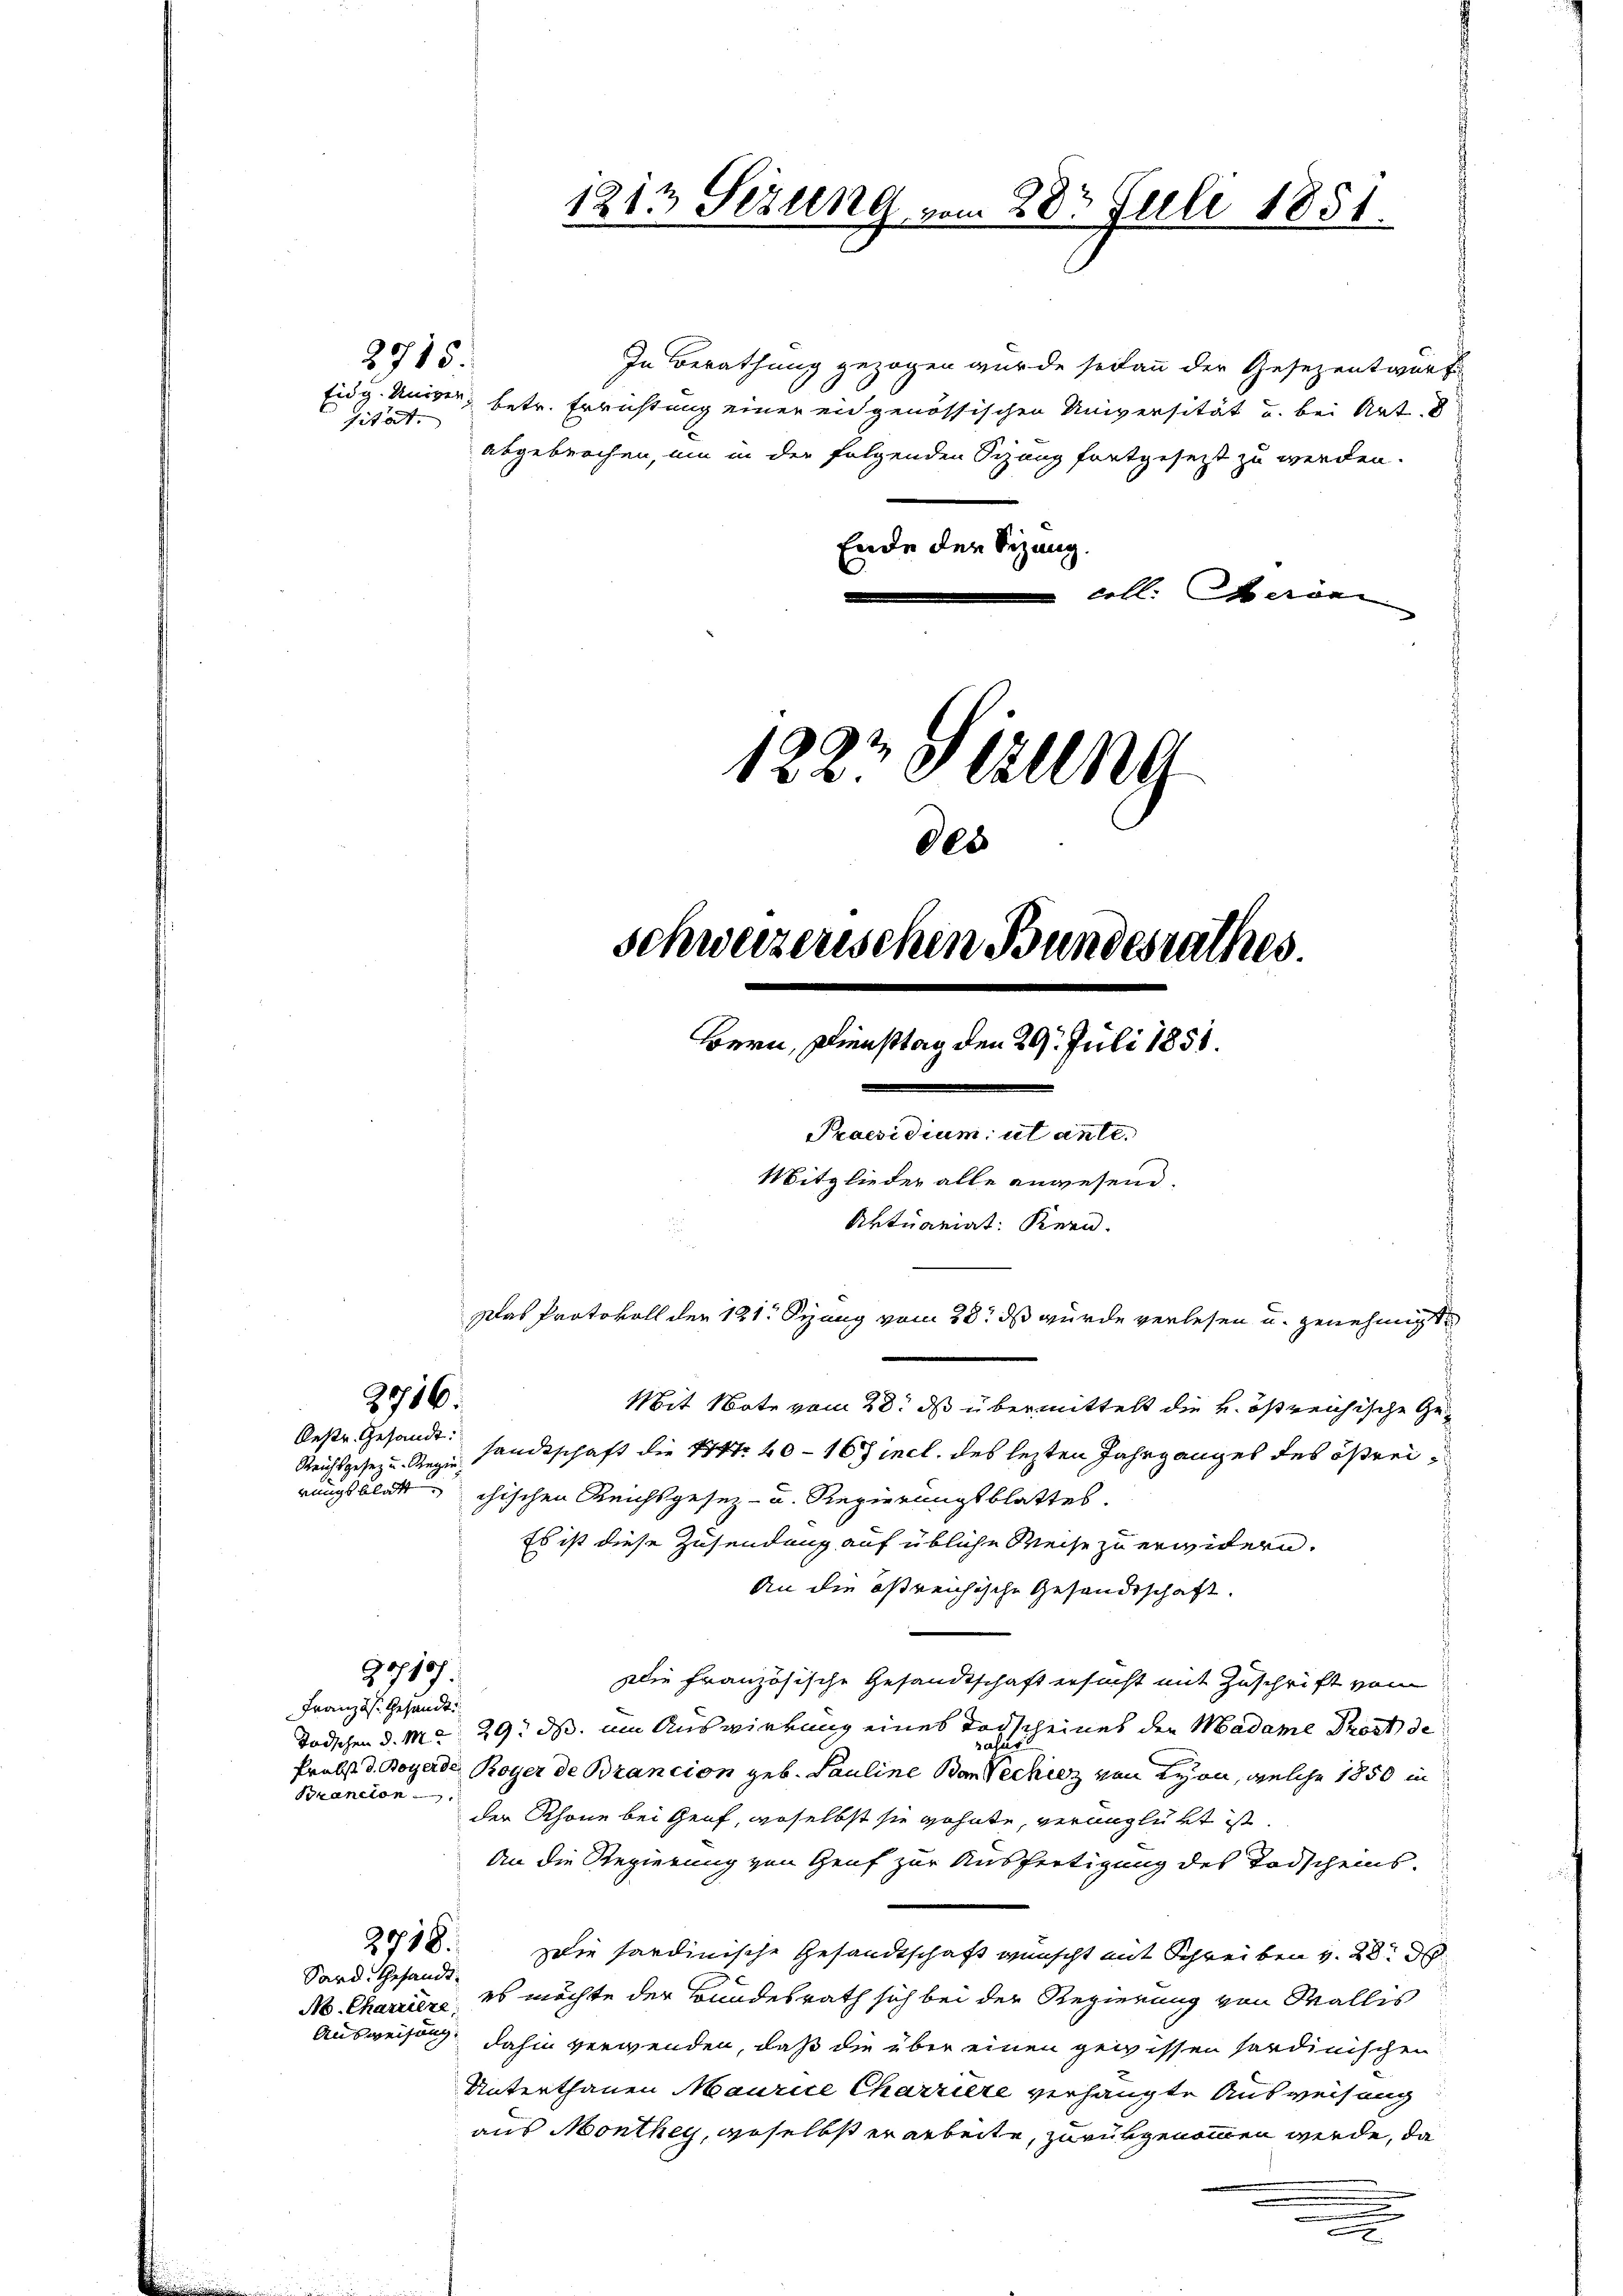
2715.

sitat.

2716.

Oestr. Gesandt:

2717.

Französ. Gesandt
Brancion

In Berathung gezogen wurde sodann der Gesezentwurf
Eidg. Univer, betr. Errichtung einer eidgenössischen Universität und bei Art. 8
Ende der Sitzung
coll. Herren

abgebrochen, um in der folgenden Sizung fortgesetzt zu werden.

C
152 Stzung
des
Schweizerischen Bundesrathes.
Bern, Diensttag den 29. Juli 1858.
Praesidium ut ante.
Mitglieder alle anwesend.
Aktuariat Kern.
Das Protokoll der 121. Spung vom 28. ds wurde verlesen u. genehmigt
Mit Note vom 28. ds übermittelt die k. östreichische Ge¬
Reichsgeseze Gegen sandtschaft die 174fr. 40 - 167 incl. des lezten Jahrganges des östreirungsblatt, chischen Reichsgesetz- u. Regierungsblattes.

1212 Sezung vom 28t Juli 1851.

Es ist diese Zusendung auf übliche Weise zu erwidern.
An die östreichische Gesandtschaft.
Die französische Gesandtschaft ersucht mit Zuschrift vom
Todschen d. M. 29. ds. um Auswirkung eines Tochscheines der Madame Prost de
Prebst d. Boyerde Royer de Brancion geb. Pauline Bon Vechinz von Lyon, welche 1850 in
der Rhone bei Genf, woselbst sie wohnte, veranglükt ist.
An die Regierung von Genf zur Ausfertigung des Todscheins.
2718.
Die sardinische Gesandtschaft wünscht mit Schreiben v. 28. d.
Sard. Gesandt:
N. Charriere, es möchte der Bundesrath sich bei der Regierung von Wallis
Ausweisung dahin verwenden, daß die über einen gewissen sordinischen
Unterthanen Maurice Charriere verhängte Ausweisung
aus Monthey, geselbst erarbeite, zurükgenommen werde, da
x